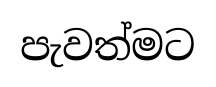
පැවත්මට